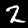
Digit: 2